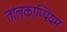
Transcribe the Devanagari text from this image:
तांलकाप्पियम